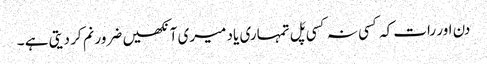
دن اور رات کہ کسی نہ کسی پَل تمہاری یاد میری آنکھیں ضرور نم کر دیتی ہے ۔